Leaving Certificate Examination (including Day School Certificate (Higher) General paper), 1937
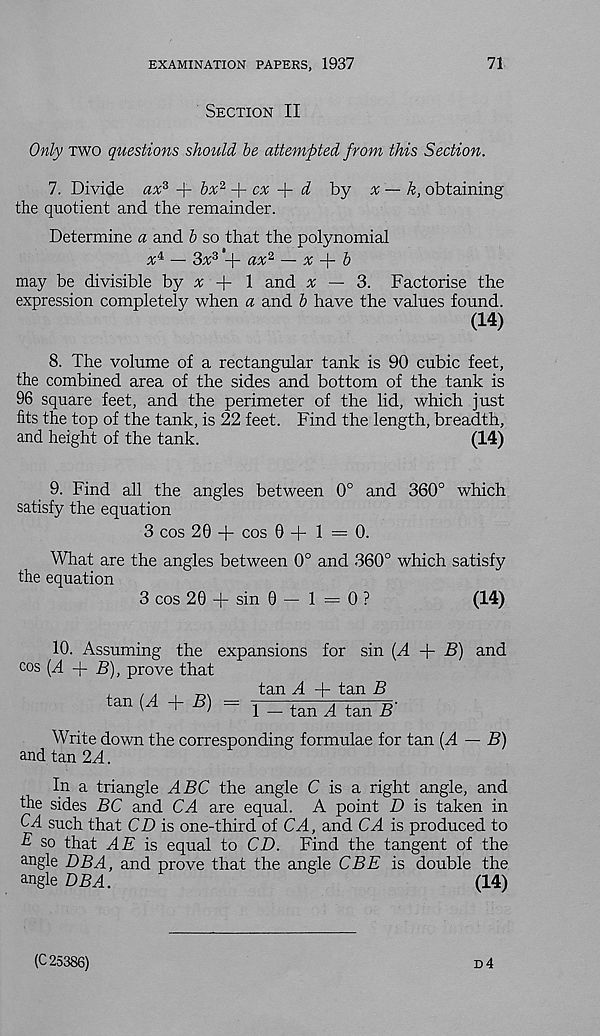
EXAMINATION PAPERS, 1937
71
Section II
Only two questions should be attempted from this Section.
7. Divide ax z + bx 2
cx
d by x — k, obtaining
the quotient and the remainder.
Determine a and b so that the polynomial
x^ — Sx z ’+ ax 2 — x f- b
may be divisible by a + 1 and x — 3. Factorise the
expression completely when a and b have the values found.
(14)
8. The volume of a rectangular tank is 90 cubic feet,
the combined area of the sides and bottom of the tank is
96 square feet, and the perimeter of the lid, which just
fits the top of the tank, is 22 feet. Find the length, breadth,
and height of the tank.
(14)
9. Find all the angles between 0° and 360° which
satisfy the equation
3 cos 20 + cos 0 4-1=0.
What are the angles between 0° and 360° which satisfy
the equation
3 cos 20 4~ sin 0 — 1 = 0 ?
(14)
10. Assuming the expansions for sin (A 4- B) and
cos (A -j- B), prove that
tan {A -f B)
tan A 4~ tan B
1 — tan A tan B
Write down the corresponding formulae for tan (A — B)
and tan 2A.
In a triangle ABC the angle C is a right angle, and
the sides BC and CA are equal. A point D is taken in
CA such that CD is one-third of CA, and CA is produced to
B so that AE is equal to CD. Find the tangent of the
angle DBA, and prove that the angle CBE is double the
angle DBA.
(14)
(C 25386)
d4